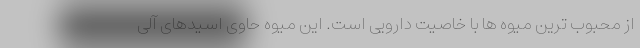
از محبوب ترین میوه ها با خاصیت دارویی است. این میوه حاوی اسیدهای آلی